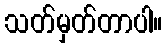
သတ်မှတ်တာပါ။